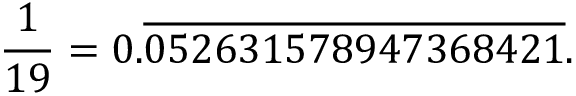
{ \frac { 1 } { 1 9 } } = 0 . { \overline { { 0 5 2 6 3 1 5 7 8 9 4 7 3 6 8 4 2 1 } } } .